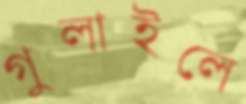
গুলাইলে